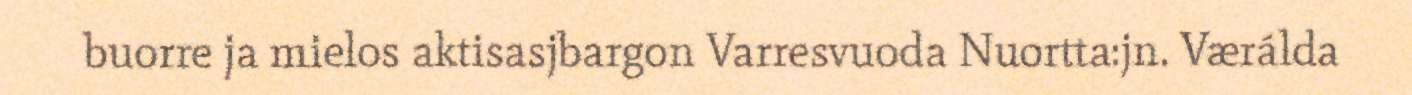
buorre ja mielos aktisasjbargon Varresvuoda Nuortta:jn. Værálda